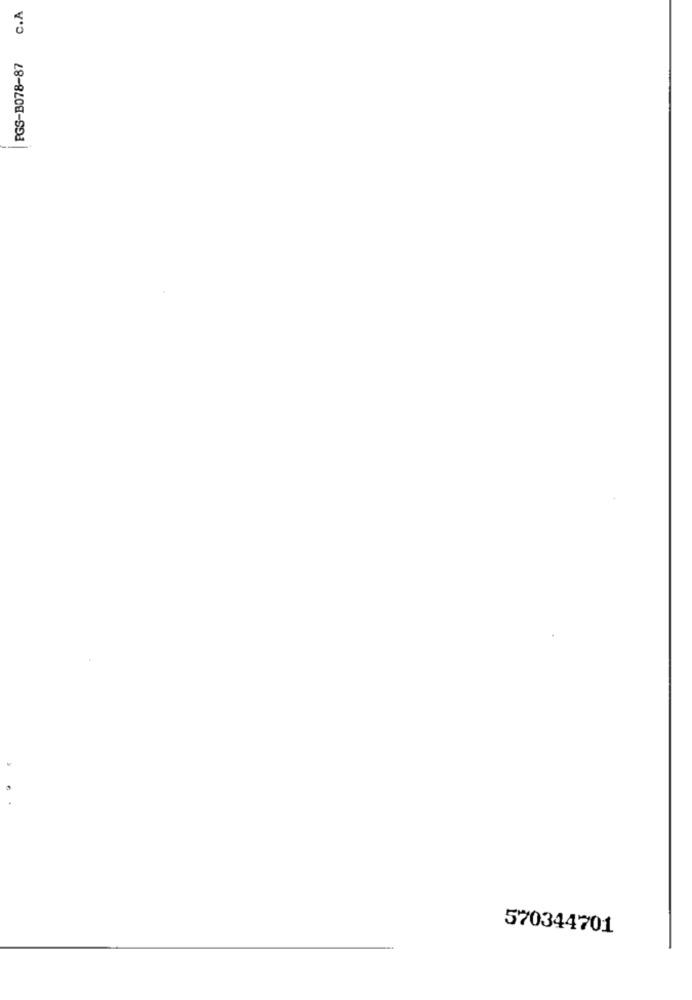
c.A
PGS-B078-87
570344701